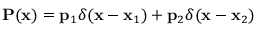
\mathbf { P } ( \mathbf { x } ) = \mathbf { p } _ { 1 } \delta ( \mathbf { x } - \mathbf { x } _ { 1 } ) + \mathbf { p } _ { 2 } \delta ( \mathbf { x } - \mathbf { x } _ { 2 } )